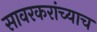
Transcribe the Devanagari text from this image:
सावरकरांच्याच